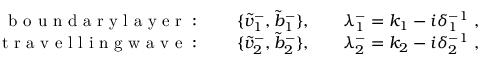
\begin{array} { r l r l r } { \mathrm { ~ b ~ o ~ u ~ n ~ d ~ a ~ r ~ y ~ l ~ a ~ y ~ e ~ r ~ : ~ } } & { { } } & { \{ \tilde { v } _ { 1 } ^ { - } , \tilde { b } _ { 1 } ^ { - } \} , } & { { } } & { \lambda _ { 1 } ^ { - } = k _ { 1 } - i \delta _ { 1 } ^ { - 1 } ~ , } \\ { \mathrm { ~ t ~ r ~ a ~ v ~ e ~ l ~ l ~ i ~ n ~ g ~ w ~ a ~ v ~ e ~ : ~ } } & { { } } & { \{ \tilde { v } _ { 2 } ^ { - } , \tilde { b } _ { 2 } ^ { - } \} , } & { { } } & { \lambda _ { 2 } ^ { - } = k _ { 2 } - i \delta _ { 2 } ^ { - 1 } ~ , } \end{array}